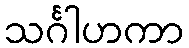
သင်္ဂါဟကာ